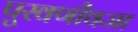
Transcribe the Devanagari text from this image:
पुरवणीवजा